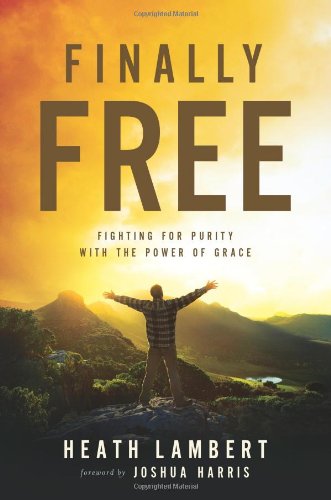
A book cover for Finally Free: Fighting for Purity with the Power of Grace; Heath Lambert; Self-Help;